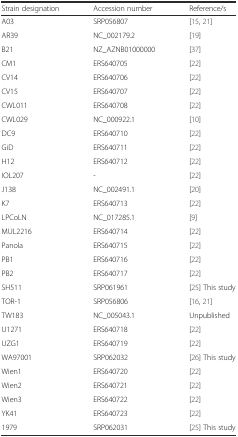
<table><thead><tr><td><b>Strain designation</b></td><td><b>Accession number</b></td><td><b>Reference/s</b></td></tr></thead><tbody><tr><td>A03</td><td>SRP056807</td><td>[15, 21]</td></tr><tr><td>AR39</td><td>NC_002179.2</td><td>[19]</td></tr><tr><td>B21</td><td>NZ_AZNB01000000</td><td>[37]</td></tr><tr><td>CM1</td><td>ERS640705</td><td>[22]</td></tr><tr><td>CV14</td><td>ERS640706</td><td>[22]</td></tr><tr><td>CV15</td><td>ERS640707</td><td>[22]</td></tr><tr><td>CWL011</td><td>ERS640708</td><td>[22]</td></tr><tr><td>CWL029</td><td>NC_000922.1</td><td>[10]</td></tr><tr><td>DC9</td><td>ERS640710</td><td>[22]</td></tr><tr><td>GiD</td><td>ERS640711</td><td>[22]</td></tr><tr><td>H12</td><td>ERS640712</td><td>[22]</td></tr><tr><td>IOL207</td><td>-</td><td>[22]</td></tr><tr><td>J138</td><td>NC_002491.1</td><td>[20]</td></tr><tr><td>K7</td><td>ERS640713</td><td>[22]</td></tr><tr><td>LPCoLN</td><td>NC_017285.1</td><td>[9]</td></tr><tr><td>MUL2216</td><td>ERS640714</td><td>[22]</td></tr><tr><td>Panola</td><td>ERS640715</td><td>[22]</td></tr><tr><td>PB1</td><td>ERS640716</td><td>[22]</td></tr><tr><td>PB2</td><td>ERS640717</td><td>[22]</td></tr><tr><td>SH511</td><td>SRP061961</td><td>[25] This study</td></tr><tr><td>TOR-1</td><td>SRP056806</td><td>[16, 21]</td></tr><tr><td>TW183</td><td>NC_005043.1</td><td>Unpublished</td></tr><tr><td>U1271</td><td>ERS640718</td><td>[22]</td></tr><tr><td>UZG1</td><td>ERS640719</td><td>[22]</td></tr><tr><td>WA97001</td><td>SRP062032</td><td>[26] This study</td></tr><tr><td>Wien1</td><td>ERS640720</td><td>[22]</td></tr><tr><td>Wien2</td><td>ERS640721</td><td>[22]</td></tr><tr><td>Wien3</td><td>ERS640722</td><td>[22]</td></tr><tr><td>YK41</td><td>ERS640723</td><td>[22]</td></tr><tr><td>1979</td><td>SRP062031</td><td>[25] This study</td></tr></tbody></table>